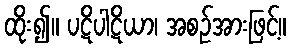
ထိုး၍။ ပဋိပါဋိယာ၊ အစဉ်အားဖြင့်။